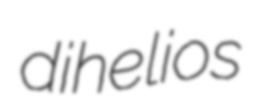
dihelios